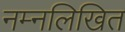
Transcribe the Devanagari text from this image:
नम्नलिखित